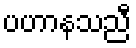
ပဟာနသညီ